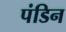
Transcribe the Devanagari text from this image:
पंडिन